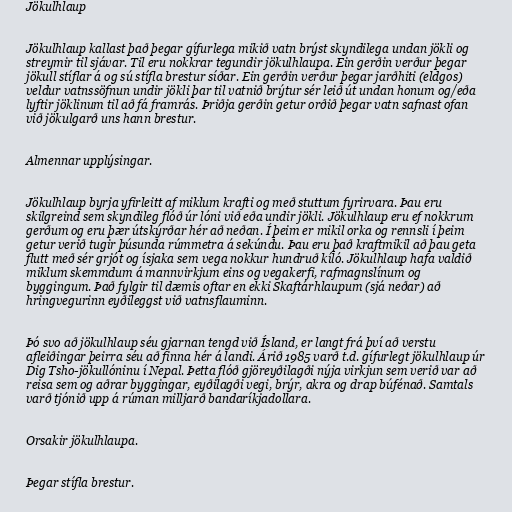
Jökulhlaup

Jökulhlaup kallast það þegar gífurlega mikið vatn brýst skyndilega undan jökli og
streymir til sjávar. Til eru nokkrar tegundir jökulhlaupa. Ein gerðin verður þegar
jökull stíflar á og sú stífla brestur síðar. Ein gerðin verður þegar jarðhiti (eldgos)
veldur vatnssöfnun undir jökli þar til vatnið brýtur sér leið út undan honum og/eða
lyftir jöklinum til að fá framrás. Þriðja gerðin getur orðið þegar vatn safnast ofan
við jökulgarð uns hann brestur.

Almennar upplýsingar.

Jökulhlaup byrja yfirleitt af miklum krafti og með stuttum fyrirvara. Þau eru
skilgreind sem skyndileg flóð úr lóni við eða undir jökli. Jökulhlaup eru ef nokkrum
gerðum og eru þær útskýrðar hér að neðan. Í þeim er mikil orka og rennsli í þeim
getur verið tugir þúsunda rúmmetra á sekúndu. Þau eru það kraftmikil að þau geta
flutt með sér grjót og ísjaka sem vega nokkur hundruð kíló. Jökulhlaup hafa valdið
miklum skemmdum á mannvirkjum eins og vegakerfi, rafmagnslínum og
byggingum. Það fylgir til dæmis oftar en ekki Skaftárhlaupum (sjá neðar) að
hringvegurinn eyðileggst við vatnsflauminn.

Þó svo að jökulhlaup séu gjarnan tengd við Ísland, er langt frá því að verstu
afleiðingar þeirra séu að finna hér á landi. Árið 1985 varð t.d. gífurlegt jökulhlaup úr
Dig Tsho-jökullóninu í Nepal. Þetta flóð gjöreyðilagði nýja virkjun sem verið var að
reisa sem og aðrar byggingar, eyðilagði vegi, brýr, akra og drap búfénað. Samtals
varð tjónið upp á rúman milljarð bandaríkjadollara.

Orsakir jökulhlaupa.

Þegar stífla brestur.